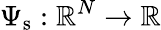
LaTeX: \Psi_{\mathrm{s}}:\mathbb{R}^{N}\rightarrow\mathbb{R}